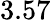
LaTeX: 3.57